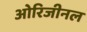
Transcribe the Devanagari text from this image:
ओरिजीनल